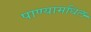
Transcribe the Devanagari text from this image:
पाण्यामधिल